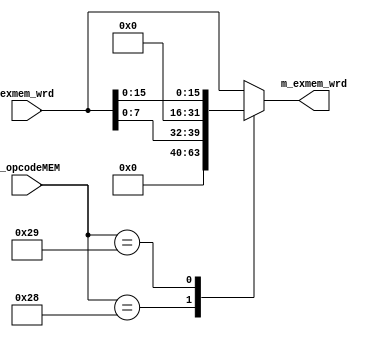
`timescale 1ns / 1ps
//////////////////////////////////////////////////////////////////////////////////
// Company: 
// Engineer: 
// 
// Design Name: 
// Module Name: Detector_sb_sh_sw
// Project Name: 
// Target Devices: 
// Tool Versions: 
// Description: 
// 
// Dependencies: 
// 
// Revision:
// Revision 0.01 - File Created
// Additional Comments:
// 
//////////////////////////////////////////////////////////////////////////////////


module Detector_sb_sh_sw
(
    input wire [5:0] w_opcodeMEM,
    input wire [31:0] exmem_wrd,
    output reg [31:0] m_exmem_wrd
);
always@(*)
begin
	case(w_opcodeMEM)
	6'b101000: // sb
		m_exmem_wrd = {24'b000000000000000000000000,exmem_wrd[7:0]};
	 
	 6'b101001: // sh
		m_exmem_wrd = {16'b0000000000000000,exmem_wrd[15:0]};
	 
	 default: // sw
		m_exmem_wrd = exmem_wrd;
	endcase
end
endmodule